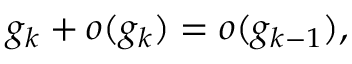
g _ { k } + o ( g _ { k } ) = o ( g _ { k - 1 } ) ,